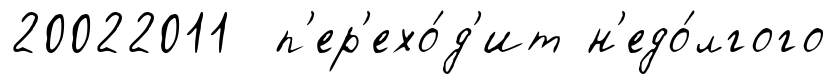
20022011 п'ер'ехо́д'ит н'едо́лгого